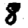
Digit: 8